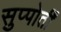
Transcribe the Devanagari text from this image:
सुप्पोर्तीं